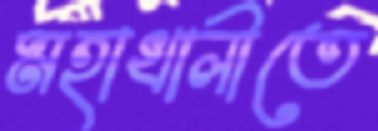
মহাখালীতে